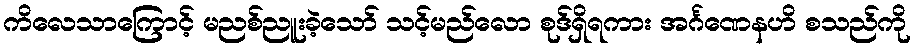
ကိလေသာကြောင့် မညစ်ညူးခဲ့သော် သင့်မည်လော စုဒ်ရှိရကား အင်္ဂဏေနဟိ စသည်ကို